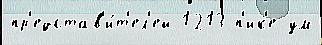
пр'едстав'и́т'ел'ей 1213 п'ик'е ум